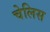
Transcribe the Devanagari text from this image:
चेलिस